Indian journal of veterinary science and animal husbandry - Volume 13,
Year: 1943
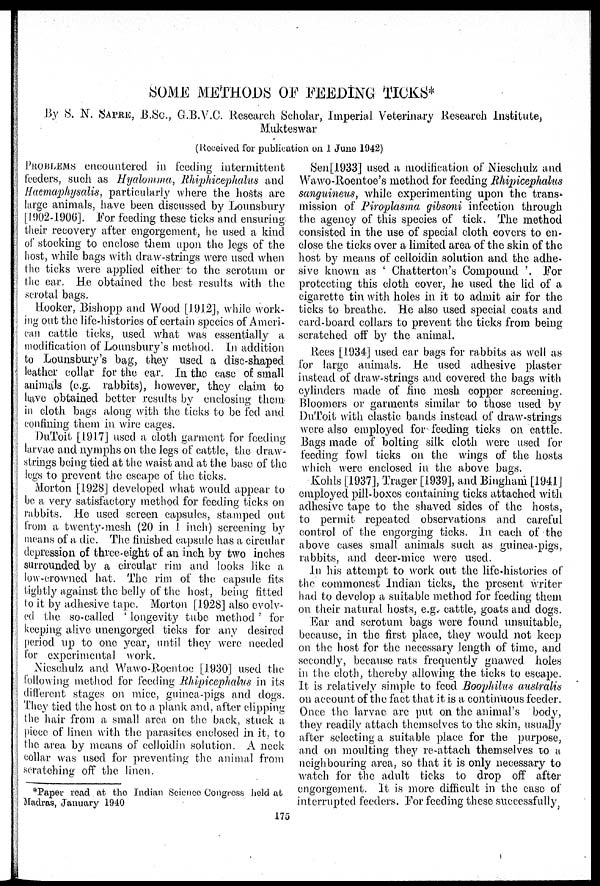
SOME METHODS OF FEEDING TICKS*
By S. N. SAPRE, B.Sc., G.B.V.C. Research Scholar, Imperial Veterinary Research Institute,
Mukteswar
(Received for publication on 1 June 1942)
PROBLEMS encountered in feeding intermittent
feeders, such as Hyalomma, Rhiphicephalus and
Haemaphysalis, particularly where the hosts are
large animals, have been discussed by Lounsbury
[1902-1906]. For feeding these ticks and ensuring
their recovery after engorgement, he used a kind
of stocking to enclose them upon the legs of the
host, while bags with draw-strings were used when
the ticks were applied either to the scrotum or
the ear. He obtained the best results with the
scrotal bags.
Hooker, Bishopp and Wood [1912], while work-
ing out the life-histories of certain species of Ameri-
can cattle ticks, used what was essentially a
modification of Lounsbury's method. In addition
to Lounsbury's bag, they used a disc-shaped
leather collar for the ear. In the case of small
animals (e.g. rabbits), however, they claim to
have obtained better results by enclosing them
in cloth bags along with the ticks to be fed and
confining them in wire cages.
DuToit [1917] used a cloth garment for feeding
larvae and nymphs on the legs of cattle, the draw-
strings being tied at the waist and at the base of the
legs to prevent the escape of the ticks.
Morton [1928] developed what would appear to
be a very satisfactory method for feeding ticks on
rabbits. He used screen capsules, stamped out
from a twenty-mesh (20 in 1 inch) screening by
means of a die. The finished capsule has a circular
depression of three-eight of an inch by two inches
surrounded by a circular rim and looks like a
low-crowned hat. The rim of the capsule fits
tightly against the belly of the host, being fitted
to it by adhesive tape. Morton [1928] also evolv-
ed the so-called ' longevity tube method ' for
keeping alive unengorged ticks for any desired
period up to one year, until they were needed
for experimental work.
Nieschulz and Wawo-Roentoe [1930] used the
following method for feeding Rhipicephalus in its
different stages on mice, guinea-pigs and dogs.
They tied the host on to a plank and, after clipping
the hair from a small area on the back, stuck a
piece of linen with the parasites enclosed in it. to
the area by means of celloidin solution. A neck
collar was used for preventing the animal from
scratching off the linen.
Sen[1933] used a modification of Nieschulz and
Wawo-Roentoe's method for feeding Rhipicephalus
sanguineus, while experimenting upon the trans-
mission of Piroplasma gibsoni infection through
the agency of this species of tick. The method
consisted in the use of special cloth covers to en-
close the ticks over a limited area of the skin of the
host by means of celloidin solution and the adhe-
sive known as ' Chatterton's Compound ' For
protecting this cloth cover, he used the lid of a
cigarette tin with holes in it to admit air for the
ticks to breathe. He also used special coats and
card-board collars to prevent the ticks from being
scratched off by the animal.
Rees [1934] used car bags for rabbits as well as
for large animals. He used adhesive plaster
instead of draw-strings and covered the bags with
cylinders made of fine mesh copper screening
Bloomers or garments similar to those used by
DuToit with elastic bands instead of draw-strings
were also employed for feeding ticks on cattle.
Bags made of bolting silk cloth were used for
feeding fowl ticks on the wings of the hosts
which were enclosed in the above bags.
Kohls [1937], Trager [1939], and Bingham [1941]
employed pill-boxes containing ticks attached with
adhesive tape to the shaved sides of the hosts,
to permit repeated observations and careful
control of the engorging ticks. In each of the
above cases small animals such as guinea-pigs,
rabbits, and deer-mice were used.
In his attempt to work out the life-histories of
the commonest Indian ticks, the present writer
had to develop a suitable method for feeding them
on their natural hosts, e.g. cattle, goats and dogs.
Ear and scrotum bags were found unsuitable,
because, in the first place, they would not keep
on the host for the necessary length of time, and
secondly, because rats frequently gnawed holes
in the cloth, thereby allowing the ticks to escape.
It is relatively simple to feed Boophilus australis
on account of the fact that it is a continuous feeder.
Once the larvae are put on the animal's body,
they readily attach themselves to the skin, usually
after selecting a suitable place for the purpose,
and on moulting they re-attach themselves to a
neighbouring area, so that it is only necessary to
watch for the adult ticks to drop off after
engorgement. It is more difficult in the case of
interrupted feeders. For feeding these successfully,
*Paper read at the Indian Science Congress held at
Madras, January 1940
175